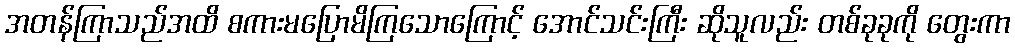
အတန်ကြာသည်အထိ စကားမပြောမိကြသောကြောင့် အောင်သင်းကြီး ဆိုသူလည်း တစ်ခုခုကို တွေးကာ